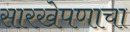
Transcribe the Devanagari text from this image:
सारखेपणाचा